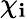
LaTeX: \chi_{\mathbf{i}}